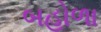
બહોળા